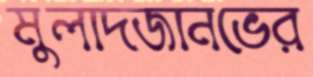
মুলাদজানভের